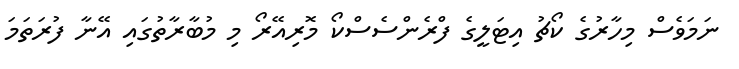
ނަމަވެސް މިހާރުގެ ކޯޗު އިޓަލީގެ ފްރެންސެސްކޯ މޮރިއޭރޯ މި މުބާރާތުގައި އޭނާ ފުރަތަމަ